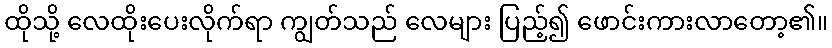
ထိုသို့ လေထိုးပေးလိုက်ရာ ကျွတ်သည် လေများ ပြည့်၍ ဖောင်းကားလာတော့၏။